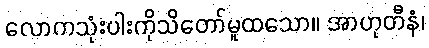
လောကသုံးပါးကိုသိတော်မူထသော။ အာဟုတီနံ၊